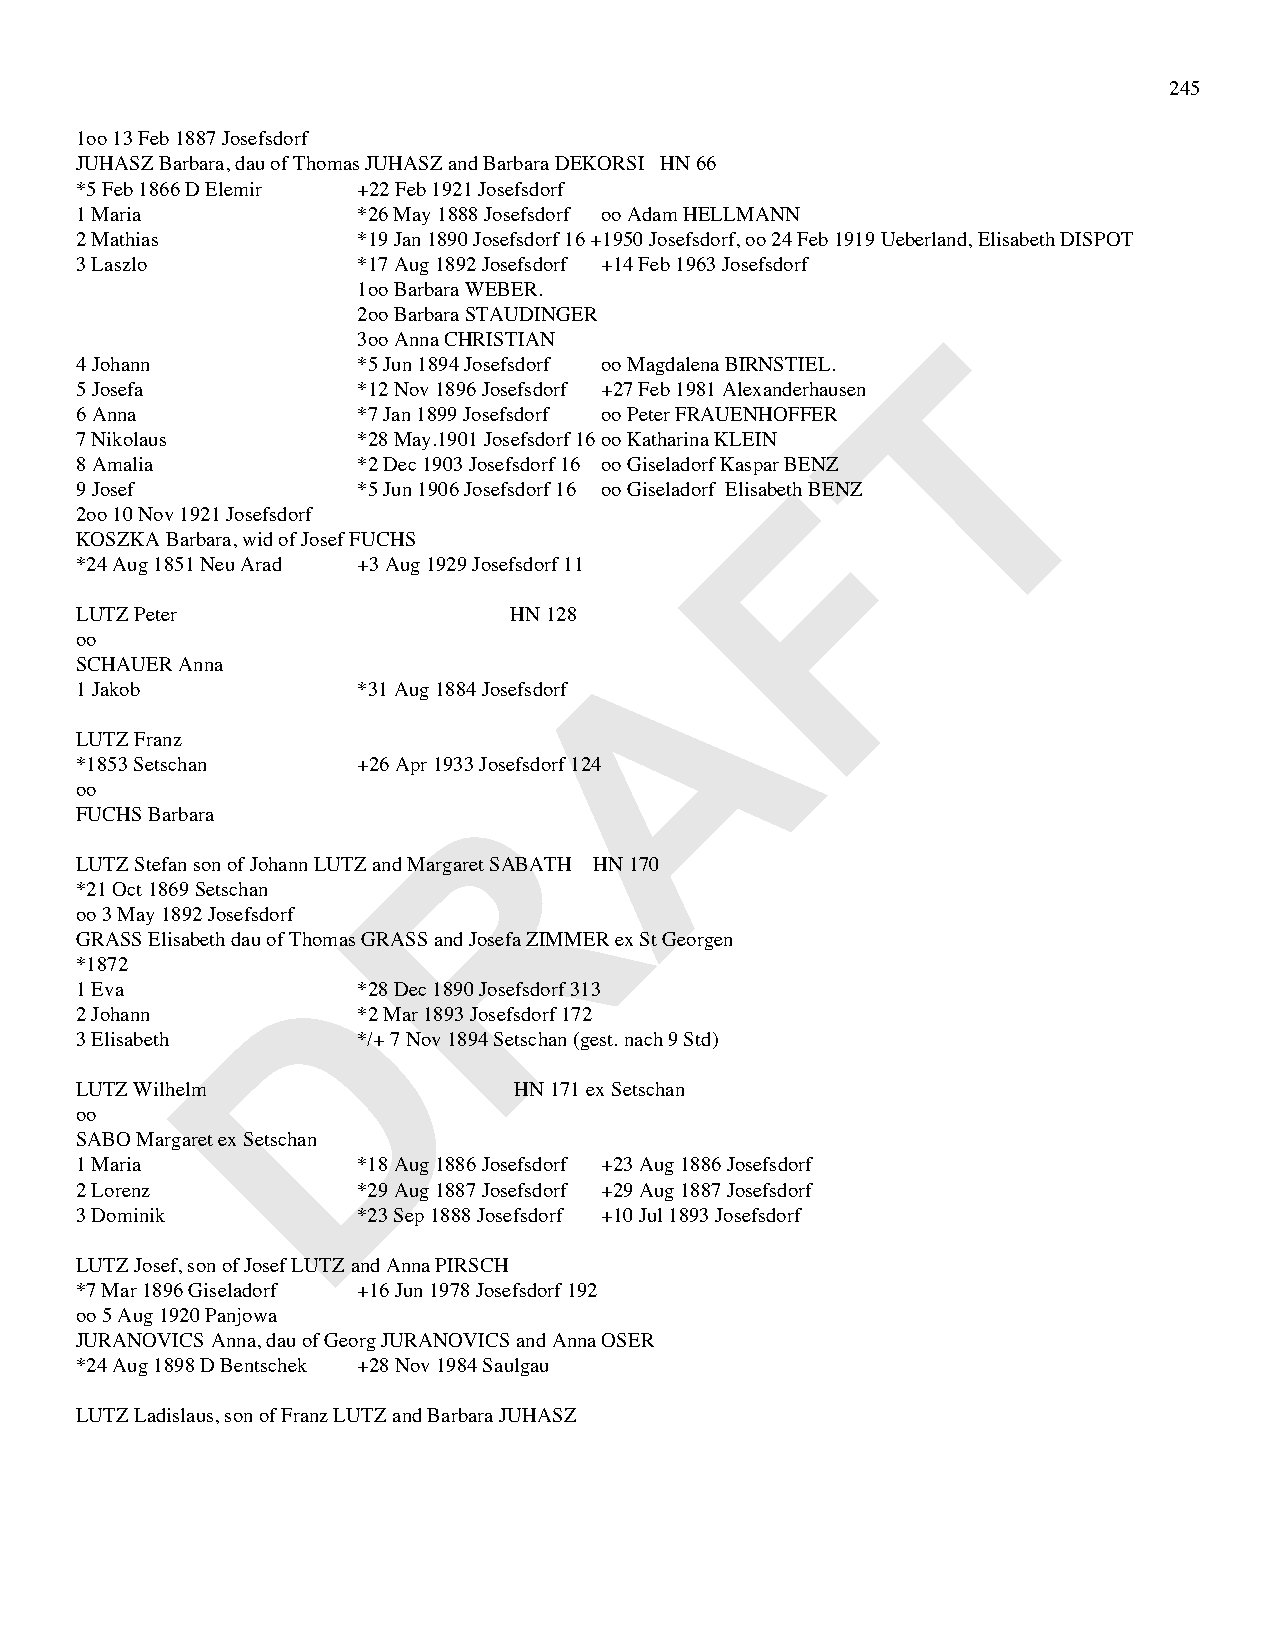
245
 1oo 13 Feb 1887 Josefsdorf
 JUHASZ Barbara, dau of Thomas JUHASZ and Barbara DEKORSI HN 66
 *5 Feb 1866 D Elemir +22 Feb 1921 Josefsdorf
 1 Maria            *26 May 1888 Josefsdorf oo Adam HELLMANN
 2 Mathias          *19 Jan 1890 Josefsdorf 16 +1950 Josefsdorf, oo 24 Feb 1919 Ueberland, Elisabeth DISPOT
 3 Laszlo           *17 Aug 1892 Josefsdorf +14 Feb 1963 Josefsdorf
 1oo Barbara WEBER.
 2oo Barbara STAUDINGER
 T
 3oo Anna CHRISTIAN
 4 Johann           *5 Jun 1894 Josefsdorf oo Magdalena BIRNSTIEL.
 5 Josefa           *12 Nov 1896 Josefsdorf +27 Feb 1981 Alexanderhausen
 6 Anna             *7 Jan 1899 Josefsdorf oo Peter FRAUENHOFFER
 7 Nikolaus         *28 May.1901 Josefsdorf 16 oo Katharina KLEIN
 8 Amalia           *2 Dec 1903 Josefsdorf 16 oo Giseladorf Kaspar BFENZ
 9 Josef            *5 Jun 1906 Josefsdorf 16 oo Giseladorf Elisabeth BENZ
 2oo 10 Nov 1921 Josefsdorf
 KOSZKA Barbara, wid of Josef FUCHS
 *24 Aug 1851 Neu Arad +3 Aug 1929 Josefsdorf 11
 LUTZ Peter                   HN 128  A
 oo
 SCHAUER Anna
 1 Jakob            *31 Aug 1884 Josefsdorf
 LUTZ Franz
 *1853 Setschan     +26 Apr 1933 Josefsdorf 124
 R
 oo
 FUCHS Barbara
 LUTZ Stefan son of Johann LUTZ and Margaret SABATH HN 170
 *21 Oct 1869 Setschan
 oo 3 May 1892 Josefsdorf
 GRASS Elisabeth dau of Thomas GRASS and Josefa ZIMMER ex St Georgen
 D
 *1872
 1 Eva              *28 Dec 1890 Josefsdorf 313
 2 Johann           *2 Mar 1893 Josefsdorf 172
 3 Elisabeth        */+ 7 Nov 1894 Setschan (gest. nach 9 Std)
 LUTZ Wilhelm                 HN 171 ex Setschan
 oo
 SABO Margaret ex Setschan
 1 Maria            *18 Aug 1886 Josefsdorf +23 Aug 1886 Josefsdorf
 2 Lorenz           *29 Aug 1887 Josefsdorf +29 Aug 1887 Josefsdorf
 3 Dominik          *23 Sep 1888 Josefsdorf +10 Jul 1893 Josefsdorf
 LUTZ Josef, son of Josef LUTZ and Anna PIRSCH
 *7 Mar 1896 Giseladorf +16 Jun 1978 Josefsdorf 192
 oo 5 Aug 1920 Panjowa
 JURANOVICS Anna, dau of Georg JURANOVICS and Anna OSER
 *24 Aug 1898 D Bentschek +28 Nov 1984 Saulgau
 LUTZ Ladislaus, son of Franz LUTZ and Barbara JUHASZ